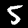
Label: 5